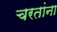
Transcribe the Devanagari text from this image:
चरतांना